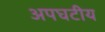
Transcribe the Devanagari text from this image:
अपघटीय